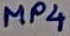
Text: MP4